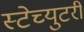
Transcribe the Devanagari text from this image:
स्टेच्युटरी